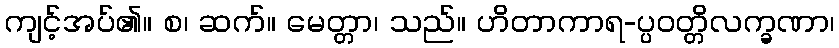
ကျင့်အပ်၏။ စ၊ ဆက်။ မေတ္တာ၊ သည်။ ဟိတာကာရ-ပ္ပဝတ္တိလက္ခဏာ၊